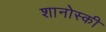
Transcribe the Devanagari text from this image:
शानोस्की